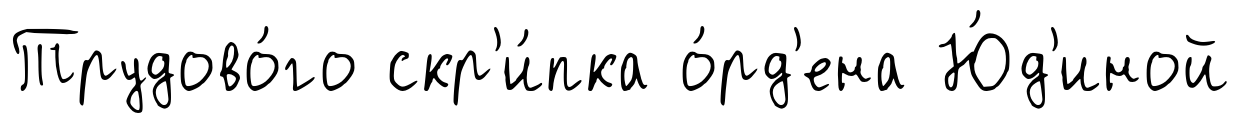
Трудово́го скр'и́пка о́рд'ена Ю́д'иной